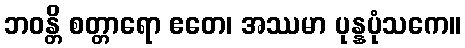
ဘဝန္တိ စတ္တာရော ဧတေ၊ အဿမာ ပုန္နပုံသကေ။